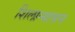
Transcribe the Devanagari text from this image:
शिलान्यासन